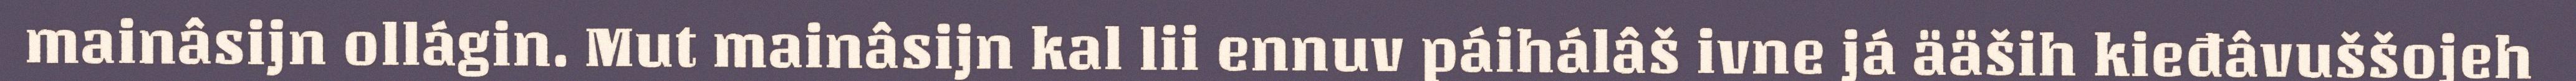
mainâsijn ollágin. Mut mainâsijn kal lii ennuv páihálâš ivne já ääših kieđâvuššojeh